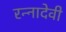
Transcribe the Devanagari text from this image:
रन्‍नादेवी